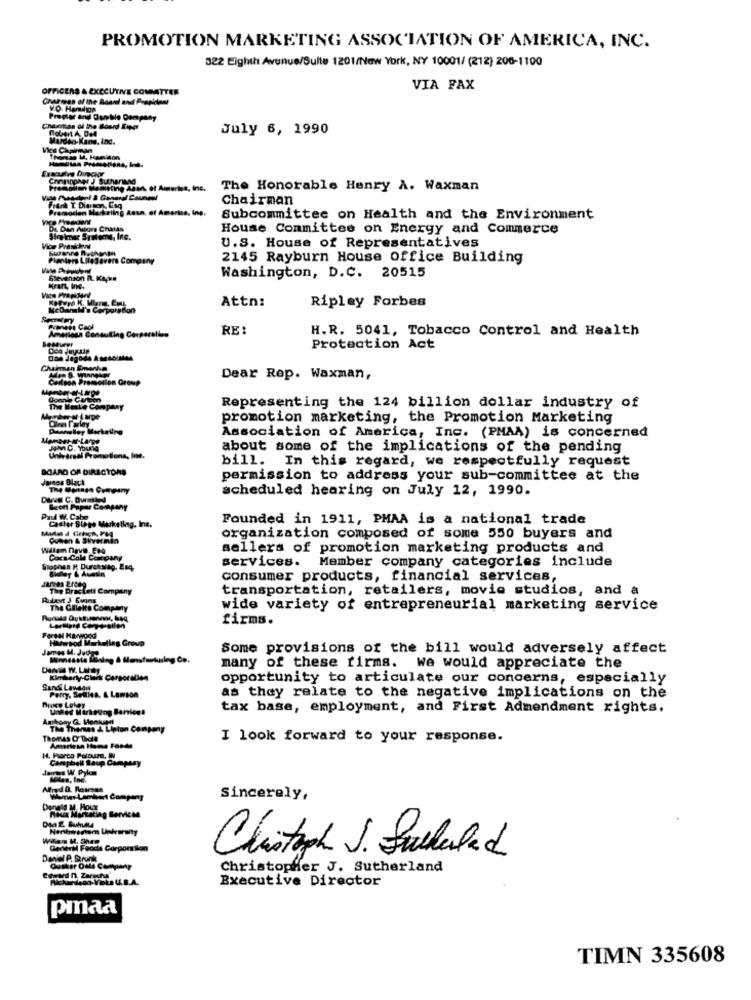
PROMOTION MARKETING ASSOCIATION OF AMERICA, INC.
322 Eighth Avenue/Sulle 1201/New York, NY 10001/ (212) 206-1100
OFFICERS & EXECUTIVE COMMITTEE
VIA FAX
Charmen of the Board and Prepidont
Chairman of the Boord King
July 6, 1990
Mardin- Kane, inc.
Vice Chairman
Thomas M. Hamidon
Chongpaes J Sutherland
Premallan Masisting Abank of America, Inc.
The Honorable Henry A. Waxman
Vice President & General Counsel
Chairman
Promotion Marketing Asun, of America, Ing.
Vice Preexsent
Subcommittee on Health and the Environment
De Dan Autors Chatas
House Committee on Energy and Commerce
Sirokmar Systems, Inc.
Vior Preskov
U.S. House of Representatives
Planters Lifesavers Company
2145 Rayburn House Office Building
Glevinson R. KAps
Washington, D.C. 20515
Krant, Inc.
Attn:
Ripley Forbes
American Consuline Corporaties
RE:
H.R. 5041, Tobacco Control and Health
Protection Act
Chairman Emarka
Carlson Promotion Group
Dear Rep. Waxman,
The Ieskie Company
Representing the 124 billion dollar industry of
promotion marketing, the Promotion Marketing
Association of America, Inc. (PMAA) is concerned
about some of the implications of the pending
Hrdreal Promotions, Ine
bill.
In this regard, we respectfully request
BOARD OF DIRECTORS
James Black
permission to address your sub-committee at the
The Contagn Company
scheduled hearing on July 12, 1990.
DEVE C. Duimlied
Beon Paper Company
Pad W. Cabo
Caster Sitt Marketing, Inc.
Founded in 1911, PMAA is a national trade
organization composed of some 550 buyers and
Wallem Deve EnA
sellers of promotion marketing products and
Coca Cola Company
services. Member company categories include
Slophan H Durchslag, Esq
consumer products, financial services,
The Practett Company
transportation, retailers, movie studios, and a
The Gillette Company
wide variety of entrepreneurial marketing service
firms.
Larlipid Corporation
Forse Harwood
HMwood Marketing Group
Some provisions of the bill would adversely affect
James M. Judge
many of these firms. we would appreciate the
Kimberly-Cinek Cargoration
opportunity to articulate our concerns, especially
Sandi Lewedn
Perry, SeRies, & Lawson
as they relate to the negative implications on the
Undles Marketing Barions
tax base, employment, and First Admendment rights.
Anthony G. Honkann
The Themes & Lipton Company
I look forward to your response.
American Home Forde
Campbell Saup Campany
James W. Pylon
solen, Inc.
Warner-Lambert Company
Sincerely,
Donald M. Hour
Rosis Marketing Services
Henkwertem Unkvarsity
Generel Foods Corporation
Daniel P. Strunk
Christoph J. fullled
Ousker Oule Company
Christopher J. Sutherland
Richardson Vota UL.B.A.
Executive Director
pinaa
TIMN 335608